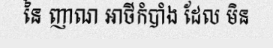
នៃ ញាណ អាថ៌កំបាំង ដែល មិន